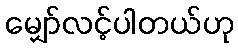
မျှော်လင့်ပါတယ်ဟု